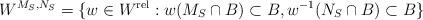
LaTeX: \begin{align*}W^{M_S,N_S}=\{w \in W^{\mathrm{rel}}: w(M_S \cap B) \subset B, w^{-1}(N_S \cap B) \subset B \}\end{align*}